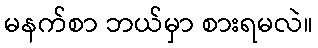
မနက်စာ ဘယ်မှာ စားရမလဲ။